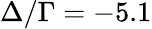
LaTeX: \Delta/\Gamma=-5.1